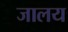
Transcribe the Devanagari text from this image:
जालय